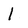
Character: l